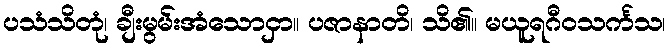
ပသံသိတုံ၊ ချီးမွမ်းအံသောငှာ။ ပဇာနာတိ၊ သိ၏။ မယူရဂီဝသင်္ကသ၊